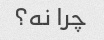
چرا نه؟